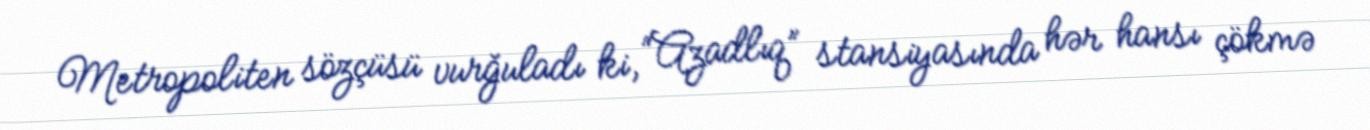
Metropoliten sözçüsü vurğuladı ki, “Azadlıq” stansiyasında hər hansı çökmə